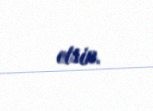
etsin.